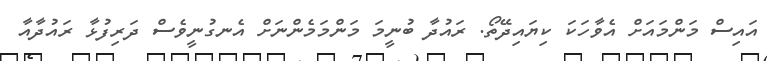
އައިސް މަންމައަށް އެވާހަކަ ކިޔައިދޭތޯ. ރައުދާ ބުނީމަ މަންމަމެންނަށް އެނގުނީވެސް ދަރިފުޅާ ރައުދާއާ